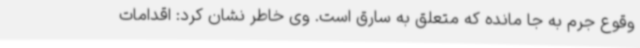
وقوع جرم به جا مانده که متعلق به سارق است. وی خاطر نشان کرد: اقدامات